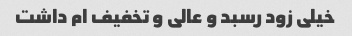
خیلی زود رسبد و عالی و تخفیف ام داشت